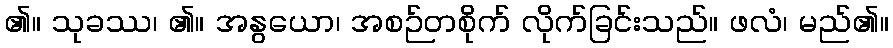
၏။ သုခဿ၊ ၏။ အနွယော၊ အစဉ်တစိုက် လိုက်ခြင်းသည်။ ဖလံ၊ မည်၏။